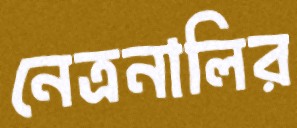
নেত্রনালির